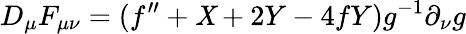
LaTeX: D_{\mu}F_{\mu\nu}=(f^{\prime\prime}+\mathit{X}+2Y-4fY)g^{-1}\partial_{\nu}g